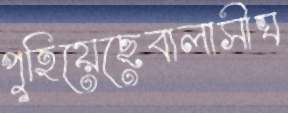
পুহিয়েছেবালাসীঘ